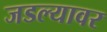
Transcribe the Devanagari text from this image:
जडल्यावर